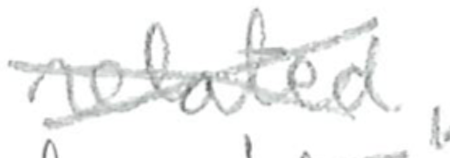
Text: related,
Cross-out: mix
Writing tool: pencil